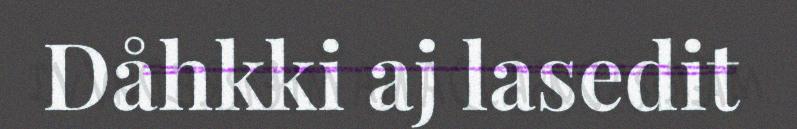
Dåhkki aj lasedit